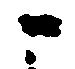
こ